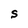
Character: S